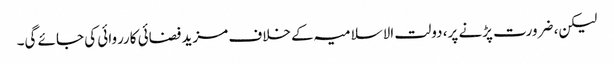
لیکن، ضرورت پڑنے پر، دولت الاسلامیہ کے خلاف مزید فضائی کارروائی کی جائے گی۔